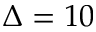
\Delta = 1 0